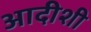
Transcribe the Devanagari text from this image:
आदीशी